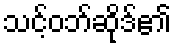
သင့်ဝဘ်ဆိုဒ်၏